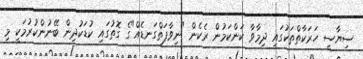
ސިޔާސީ ހަރަކާތްތަކުގައި ދިމާވާ ކަންކަމުން ރެކެން "ނިވާފަތްގަނޑެއް"ގެ ގޮތުގައި ކުޑަކުދިން ބޭނުންކުރުމަކީ މި